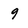
Character: 9